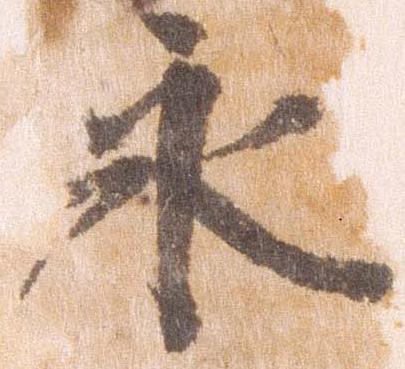
永